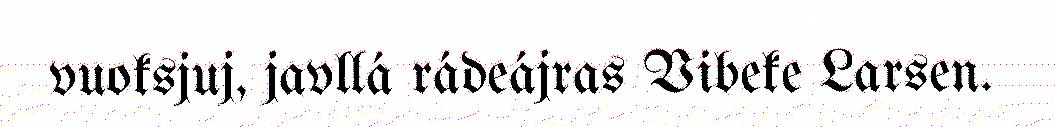
vuoksjuj, javllá rádeájras Vibeke Larsen.